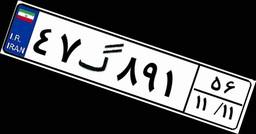
۴۷گ۸۹۱۵۶